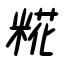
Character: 糀